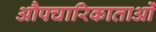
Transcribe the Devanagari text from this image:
औपचारिकाताओं